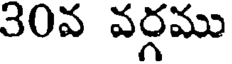
30వ వర్గము